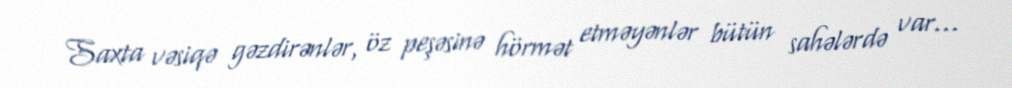
Saxta vəsiqə gəzdirənlər, öz peşəsinə hörmət etməyənlər bütün sahələrdə var...